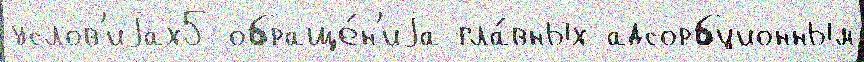
услов'иjах5 обраще́н'иjа гла́вных адсорбционным